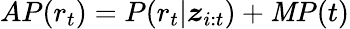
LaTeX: AP(r_{t})=P(r_{t}|\boldsymbol{z}_{i:t})+\mathit{M}P(t)